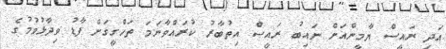
އަދި ރައީސް ޔާމީންއަށް ނައިބު ރައީސް އިތުބާރު ކުރައްވާނަމަ ތަހްގީގަށް ފާޑު ވިދާޅުވުމުގެ